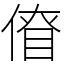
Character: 傄